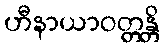
ဟီနာယာဝတ္တန္တိ